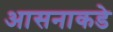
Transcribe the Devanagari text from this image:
आसनाकडे